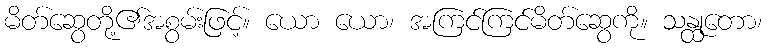
မိတ်ဆွေတို့၏အစွမ်းဖြင့်။ ယော ယော၊ အကြင်ကြင်မိတ်ဆွေကို။ သန္ထုတော၊